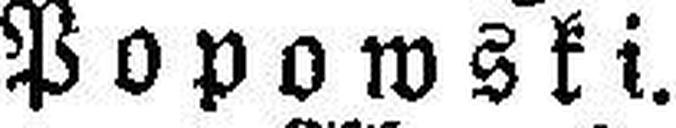
Popowski.